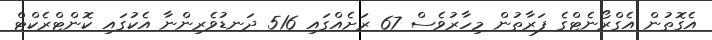
އެގޮތުން އެގްރޯނެޓްގެ ފަރާތުން މިހާރުވެސް 67 ރަށެއްގައި 516 ދަނޑުވެރިންނާ އެކުގައި ކޮންޓްރެކްޓް